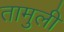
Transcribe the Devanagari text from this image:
तामुली